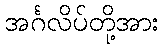
အင်္ဂလိပ်တို့အား